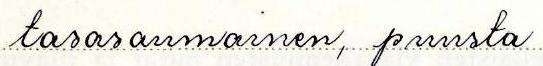
tasasaumainen, puusta